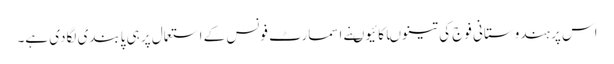
اس پر ہندوستانی فوج کی تینوںاکائیوںنے اسمارٹ فونس کے استعمال پر ہی پابندی لگادی ہے۔